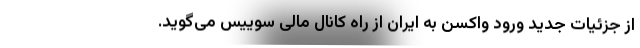
از جزئیات جدید ورود واکسن به ایران از راه کانال مالی سوییس می‌گوید.